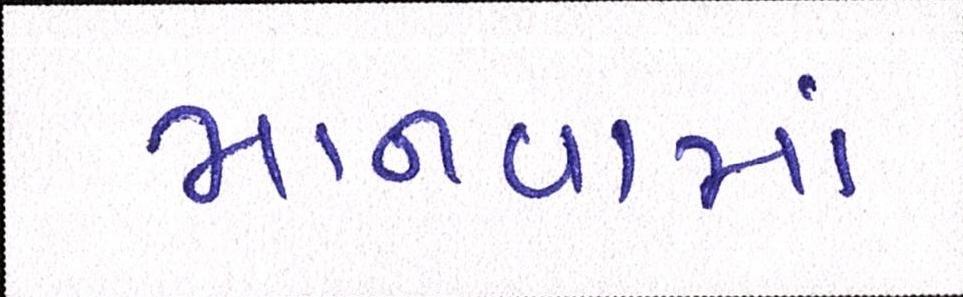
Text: માનવામાં